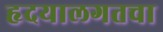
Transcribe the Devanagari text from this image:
हृदयालगतचा